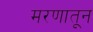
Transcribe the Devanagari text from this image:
मरणातून